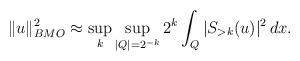
LaTeX: \begin{align*}\| u\|_{BMO}^2 \approx \sup_k \sup_{|Q|=2^{-k}} 2^k \int_Q |S_{>k} (u)|^2 \, dx.\end{align*}